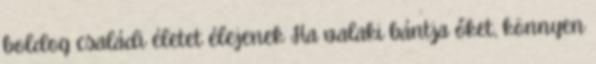
boldog családi életet élejenek Ha valaki bántja őket, könnyen